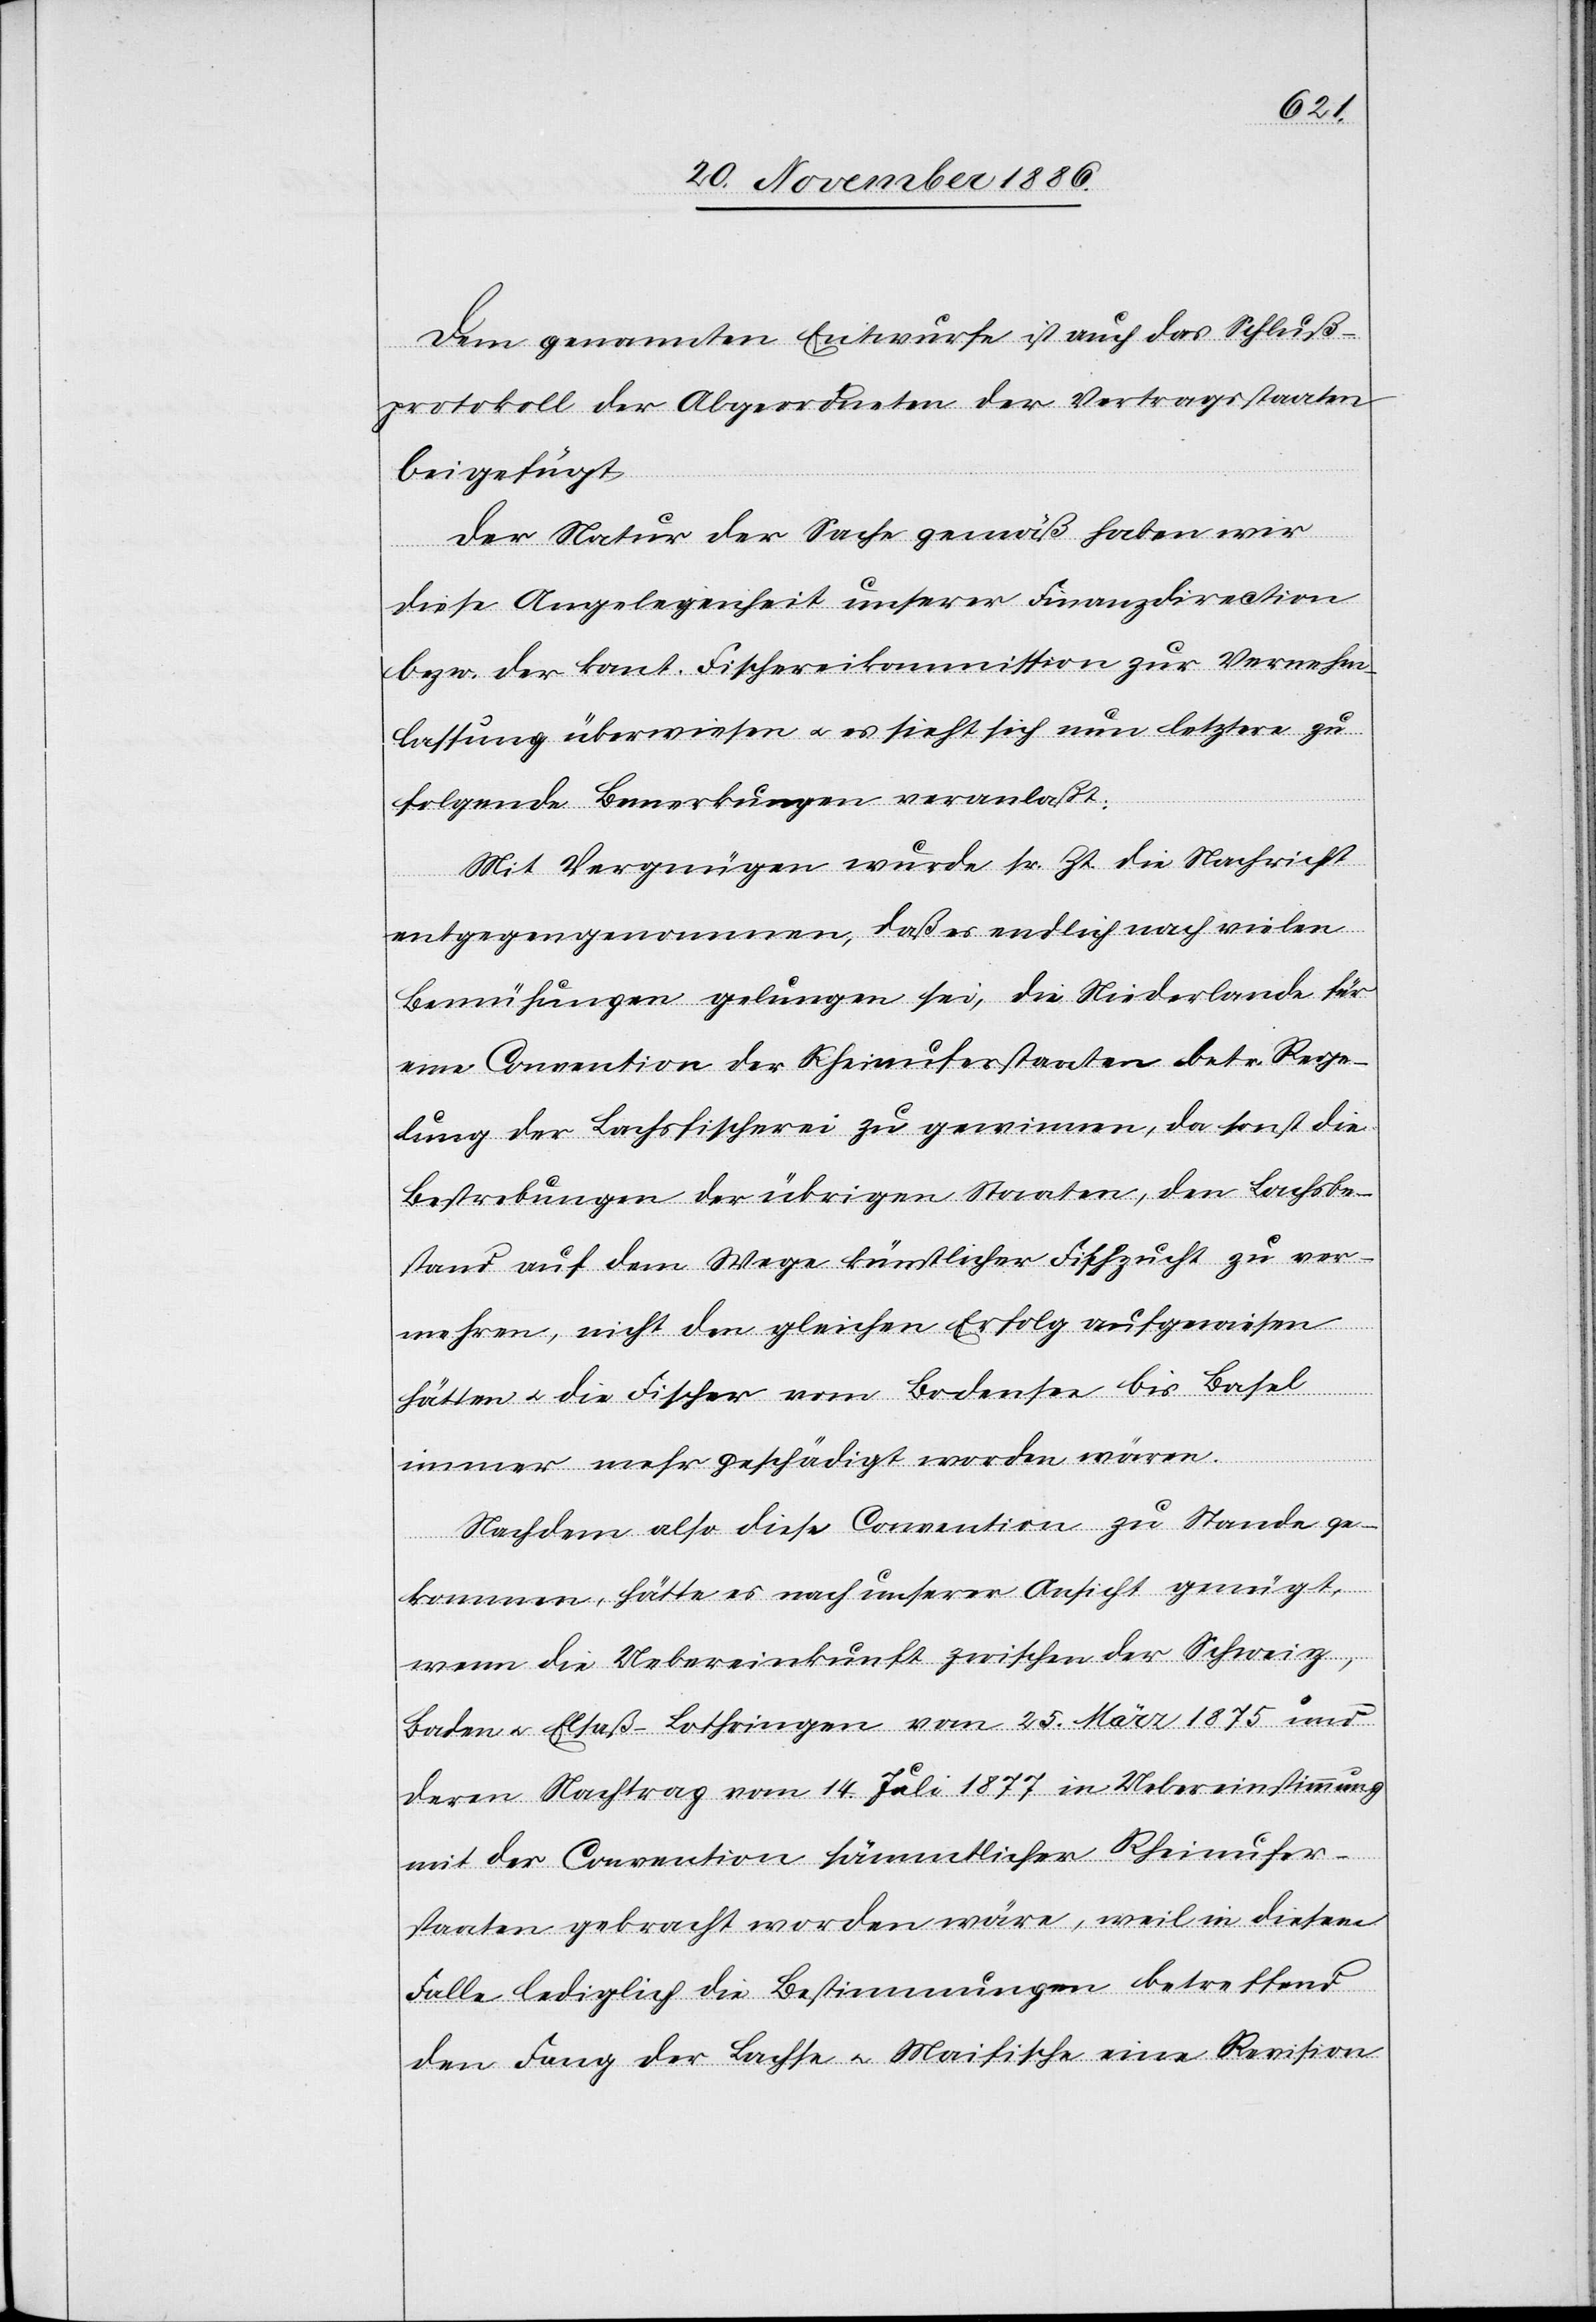
Dem genannten Entwurfe ist auch das Schluß¬
protokoll der Abgeordneten der Vertragsstaaten
beigefügt.
Der Natur der Sache gemäß haben wir
diese Angelegenheit unserer Finanzdirection
bezw. der kant. Fischereikommission zur Vernehm¬
lassung überwiesen & es sieht sich nun letztere zu
folgende[n] Bemerkungen veranlaßt:
Mit Vergnügen wurde sr. Zt. die Nachricht
entgegengenommen, daß es endlich nach vielen
Bemühungen gelungen sei, die Niederlande für
eine Convention der Rheinuferstaaten betr. Rege¬
lung der Lachsfischerei zu gewinnen, da sonst die
Bestrebungen der übrigen Staaten, den Lachsbe¬
stand auf dem Wege künstlicher Fischzucht zu ver¬
mehren, nicht den gleichen Erfolg aufgewiesen
hätten & die Fischer vom Bodensee bis Basel
immer mehr geschädigt worden wären.
Nachdem also diese Convention zu Stande ge¬
kommen, hätte es nach unserer Ansicht genügt,
wenn die Uebereinkunft zwischen der Schweiz,
Baden & Elsaß-Lothringen vom 25. März 1875 und
deren Nachtrag vom 14. Juli 1877 in Uebereinstimmung
mit der Convention sämmtlicher Rheinufer¬
staaten gebracht worden wäre, weil in diesem
Falle lediglich die Bestimmungen betreffend
den Fang der Lachse & Maifische eine Revision